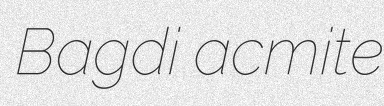
Bagdi acmite